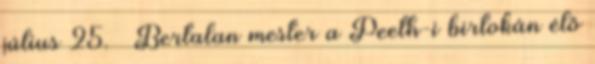
július 25. – Bertalan mester a Peeth-i birtokán élő